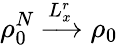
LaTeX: \rho_{0}^{N}\xrightarrow[]{L_{x}^{r}}\rho_{0}